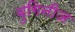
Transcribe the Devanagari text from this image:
बुगिनीज